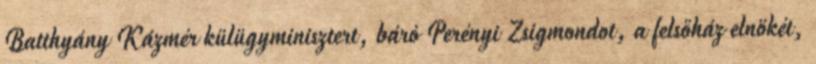
Batthyány Kázmér külügyminisztert, báró Perényi Zsigmondot, a felsőház elnökét,